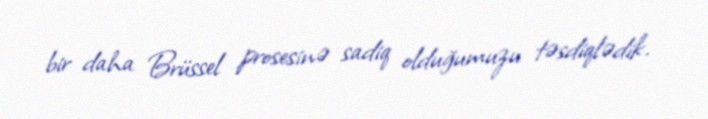
bir daha Brüssel prosesinə sadiq olduğumuzu təsdiqlədik.